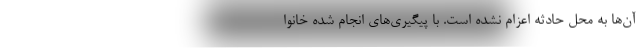
آن‌ها به محل حادثه اعزام نشده‌ است. با پیگیری‌های انجام شده خانوا